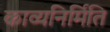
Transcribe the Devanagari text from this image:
काव्यनिर्मिति